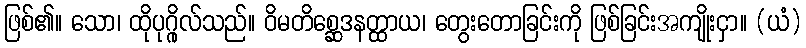
ဖြစ်၏။ သော၊ ထိုပုဂ္ဂိုလ်သည်။ ဝိမတိစ္ဆေဒနတ္ထာယ၊ တွေးတောခြင်းကို ဖြစ်ခြင်းအကျိုးငှာ။ (ယံ)